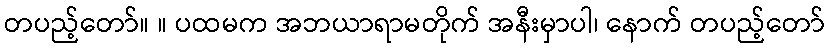
တပည့်တော်။ ။ ပထမက အဘယာရာမတိုက် အနီးမှာပါ၊ နောက် တပည့်တော်